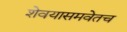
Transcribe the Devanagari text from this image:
शेवयासमवेतच